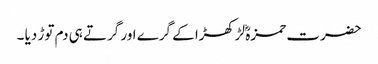
حضرت حمزہؓ لڑکھڑا کے گرے اور گرتے ہی دم توڑ دیا ۔